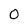
Character: O